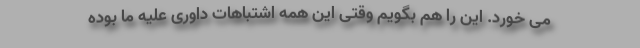
می خورد. این را هم بگویم وقتی این همه اشتباهات داوری علیه ما بوده